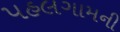
પહલગામની